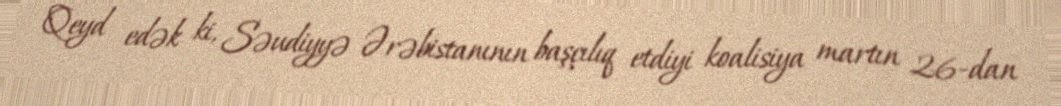
Qeyd edək ki, Səudiyyə Ərəbistanının başçılıq etdiyi koalisiya martın 26-dan